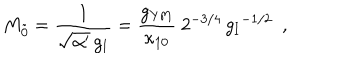
LaTeX: M _ { \tilde { 0 } } = \frac { 1 } { \sqrt { \alpha ^ { \prime } } \, g _ { \mathrm { I } } } = \frac { g _ { \mathrm { Y M } } } { \kappa _ { 1 0 } } ~ { 2 ^ { - 3 / 4 } \, { g _ { \mathrm { I } } } ^ { - 1 / 2 } } ~ ~ ,